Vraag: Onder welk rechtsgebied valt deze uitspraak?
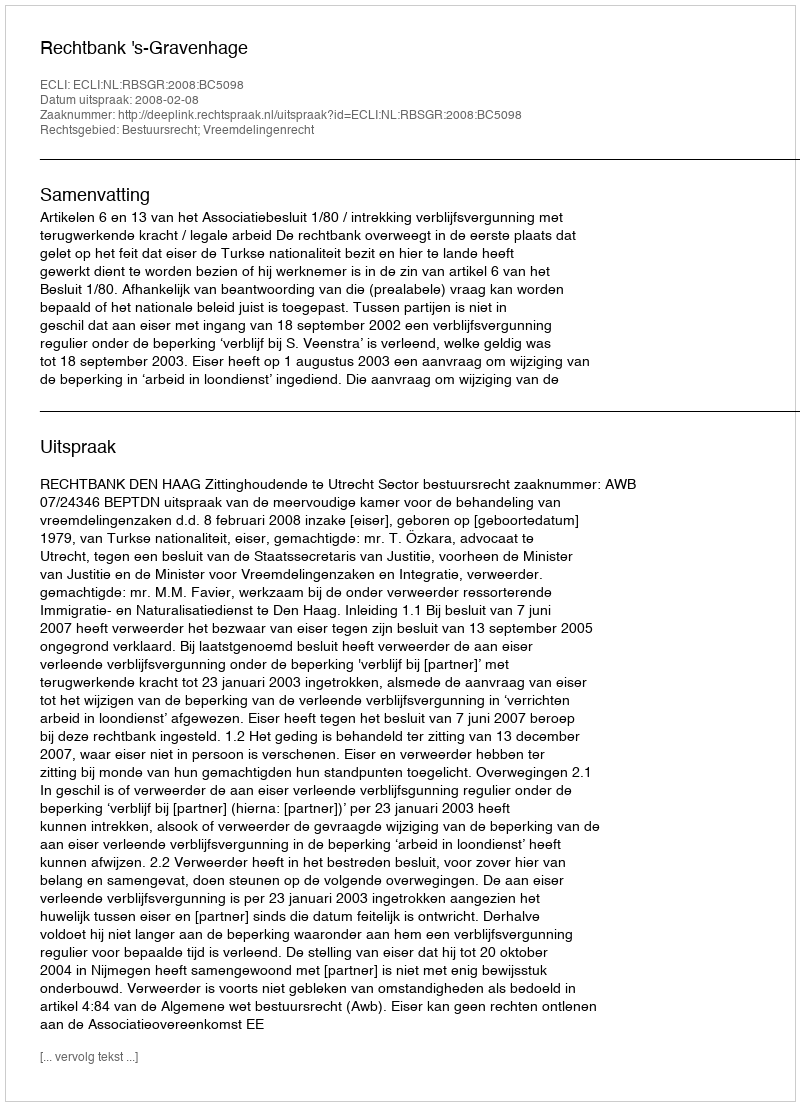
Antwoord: Bestuursrecht; Vreemdelingenrecht